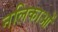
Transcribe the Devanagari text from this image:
नलिकाआें